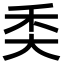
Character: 𥝚